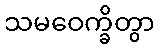
သမဝေက္ခိတွာ